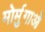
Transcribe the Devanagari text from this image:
मोर्मुगाओ